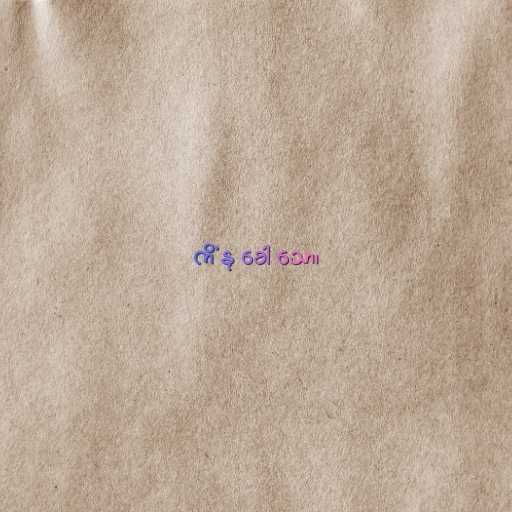
ကိံ နု ခေါ သော၊